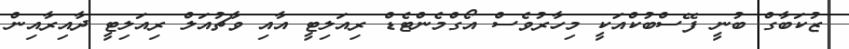
ޒުކަބާގް ބުނީ ފޭސްބުކްއަކީ މިހާރުވެސް އޯގްމެންޓެޑް ރިއަލިޓީ އާއި ވާޗުއަލް ރިއަލިޓީ ދާއިރާއިން